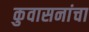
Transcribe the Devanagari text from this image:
कुवासनांचा